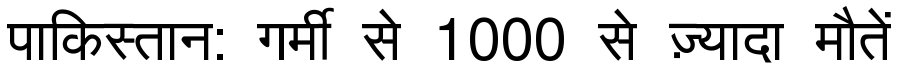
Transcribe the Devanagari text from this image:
पाकिस्तान: गर्मी से 1000 से ज़्यादा मौतें